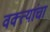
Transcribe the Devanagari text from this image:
वक्त्यांचा